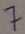
Text: 7